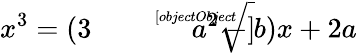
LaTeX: x^{3}=(3{\sqrt[[objectObject]]{a^{2}-b}})x+2a